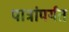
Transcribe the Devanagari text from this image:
पात्रांपर्यंत